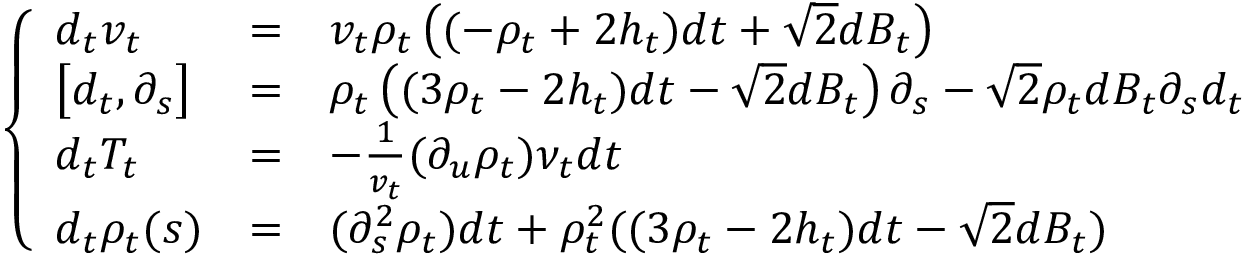
\left\{ \begin{array} { l c l } { d _ { t } v _ { t } } & { = } & { v _ { t } \rho _ { t } \left( ( - \rho _ { t } + 2 h _ { t } ) d t + \sqrt { 2 } d B _ { t } \right) } \\ { \big [ d _ { t } , \partial _ { s } \big ] } & { = } & { \rho _ { t } \left( ( 3 \rho _ { t } - 2 h _ { t } ) d t - \sqrt { 2 } d B _ { t } \right) \partial _ { s } - \sqrt { 2 } \rho _ { t } d B _ { t } \partial _ { s } d _ { t } } \\ { d _ { t } T _ { t } } & { = } & { - \frac { 1 } { v _ { t } } ( \partial _ { u } \rho _ { t } ) \nu _ { t } d t } \\ { d _ { t } \rho _ { t } ( s ) } & { = } & { ( \partial _ { s } ^ { 2 } \rho _ { t } ) d t + \rho _ { t } ^ { 2 } ( ( 3 \rho _ { t } - 2 h _ { t } ) d t - \sqrt { 2 } d B _ { t } ) } \end{array} \right.